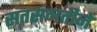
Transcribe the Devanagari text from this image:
संतसंगतीने